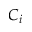
C _ { i }